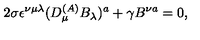
2 \sigma \epsilon ^ { \nu \mu \lambda } ( D _ { \mu } ^ { ( A ) } B _ { \lambda } ) ^ { a } + \gamma B ^ { \nu a } = 0 ,